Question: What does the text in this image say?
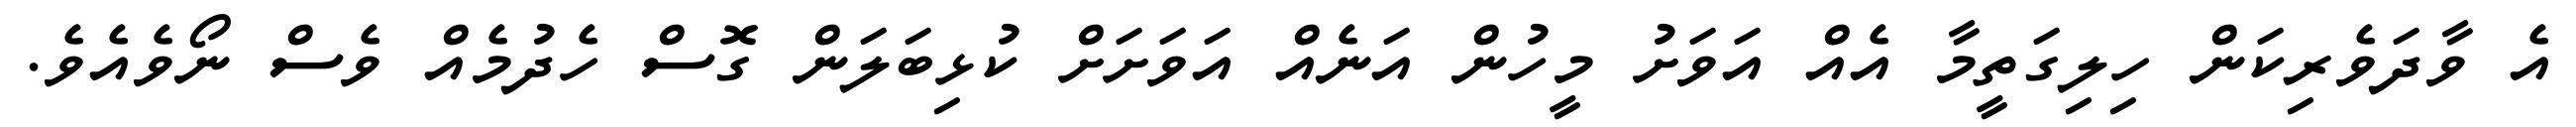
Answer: އެ ވާދަވެރިކަން ހިލިގަތީމާ އެއް އަވަށު މީހުން އަނެއް އަވަށަށް ކުޅިބަލަން ގޮސް ހެދުމެއް ވެސް ނޯވެއެވެ.